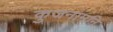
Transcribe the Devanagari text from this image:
कुजनामनि